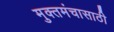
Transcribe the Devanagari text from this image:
मुक्तमंचासाठी